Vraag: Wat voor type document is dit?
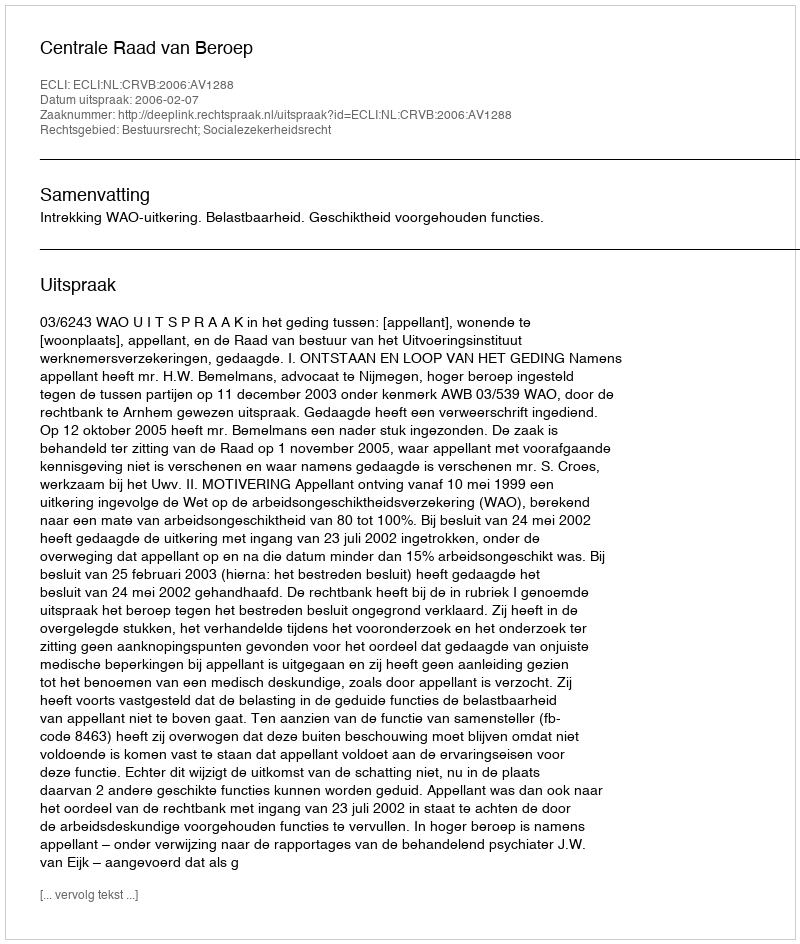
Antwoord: Uitspraak